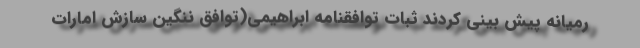
رمیانه پیش بینی کردند ثبات توافقنامه ابراهیمی(توافق ننگین سازش امارات